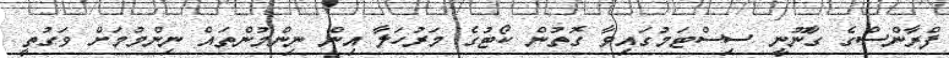
ފްރާންސްގެ ގާނޫނީ ސިސްޓަމުގައިވާ ގޮތުން ކޯޓުގެ މަރުހަލާ އިން ނިންމުންތައް ނިންމުމަށް ވަގުތީ